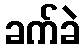
ခက်ခဲ